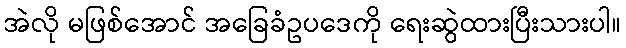
အဲလို မဖြစ်အောင် အခြေခံဥပဒေကို ရေးဆွဲထားပြီးသားပါ။